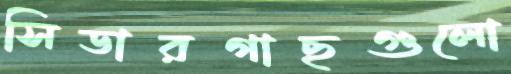
সিডারগাছগুলো